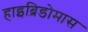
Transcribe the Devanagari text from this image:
हाइब्रिडोमास